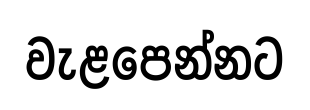
වැළපෙන්නට